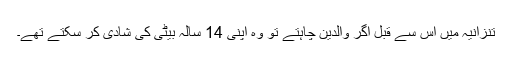
تنزانیہ میں اس سے قبل اگر والدین چاہتے تو وہ اپنی 14 سالہ بیٹی کی شادی کر سکتے تھے۔